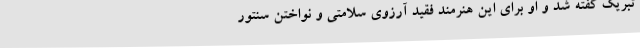
تبریک گفته شد و او برای این هنرمند فقید آرزوی سلامتی و نواختن سنتور